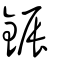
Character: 鋠